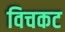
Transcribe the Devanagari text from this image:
विचकट